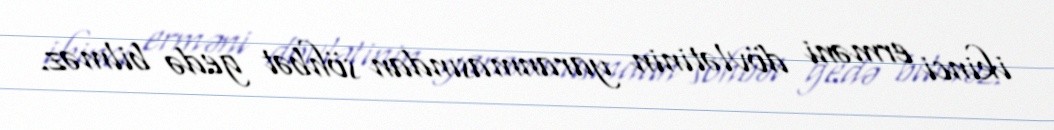
ikinci erməni dövlətinin yaranmasından söhbət gedə bilməz.